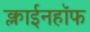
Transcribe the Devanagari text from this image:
क्लाईनहॉफ